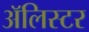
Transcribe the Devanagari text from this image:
अॅलिस्टर